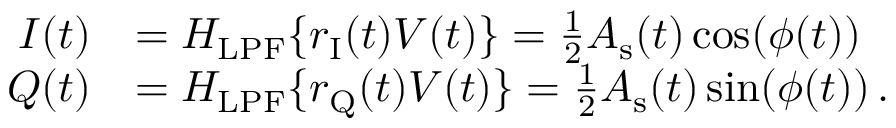
\begin{array} { r l } { I ( t ) } & { = H _ { \mathrm { L P F } } \{ r _ { \mathrm { I } } ( t ) V ( t ) \} = \frac { 1 } { 2 } A _ { \mathrm { s } } ( t ) \cos ( \phi ( t ) ) } \\ { Q ( t ) } & { = H _ { \mathrm { L P F } } \{ r _ { \mathrm { Q } } ( t ) V ( t ) \} = \frac { 1 } { 2 } A _ { \mathrm { s } } ( t ) \sin ( \phi ( t ) ) \, . } \end{array}